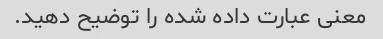
معنی عبارت داده شده را توضیح دهید.